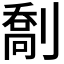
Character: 𫦙